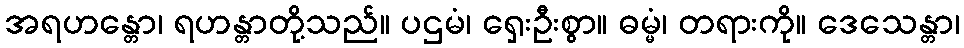
အရဟန္တော၊ ရဟန္တာတို့သည်။ ပဌမံ၊ ရှေးဦးစွာ။ ဓမ္မံ၊ တရားကို။ ဒေသေန္တာ၊